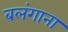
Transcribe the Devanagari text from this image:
बलंगाना